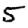
Digit: 5